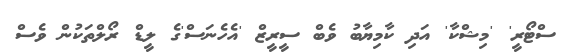
ސްޓޯރީ' 'މިޝްކާ' އަދި ކާމިޔާބު ވެބް ސީރީޒް 'އެހެނަސް'ގެ ލީޑް ރޯލްތަކުން ވެސް